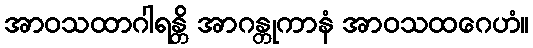
အာဝသထာဂါရန္တိ အာဂန္တုကာနံ အာဝသထဂေဟံ။